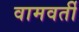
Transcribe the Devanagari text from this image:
वामवर्ती